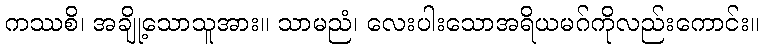
ကဿစိ၊ အချို့သောသူအား။ သာမညံ၊ လေးပါးသောအရိယမဂ်ကိုလည်းကောင်း။